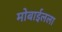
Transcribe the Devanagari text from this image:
मोबाईलला